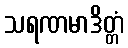
သရဏမာဒိတ္တံ